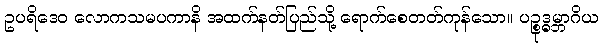
ဥပရိဒေဝ လောကသမပကာနိ အထက်နတ်ပြည်သို့ ရောက်စေတတ်ကုန်သော။ ပဉ္စုဒ္ဓမ္ဘာဂိယ